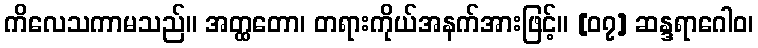
ကိလေသကာမသည်။ အတ္ထတော၊ တရားကိုယ်အနက်အားဖြင့်။ [၀၇] ဆန္ဒရာဂေါဝ၊